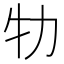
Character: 牞